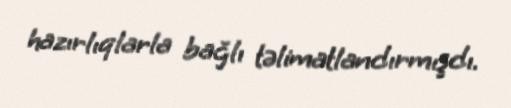
hazırlıqlarla bağlı təlimatlandırmışdı.